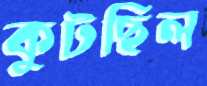
কুটছিল